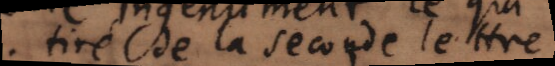
tiré de la seconde lettre